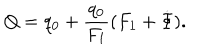
LaTeX: Q = q _ { 0 } + \frac { q _ { 0 } } { F _ { 1 } } ( F _ { 1 } + \dot { \Phi } ) .